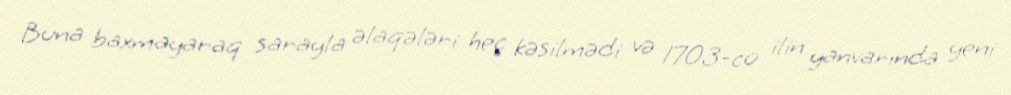
Buna baxmayaraq sarayla əlaqələri heç kəsilmədi və 1703-cü ilin yanvarında yeni